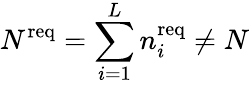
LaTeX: {N^{\mathrm{req}}=\sum_{i=1}^{L}n_{i}^{\mathrm{req}}\not=N}